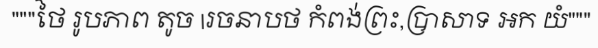
"""ថៃ រូបភាព តូច |រចនាបថ កំពង់ព្រះ,ប្រាសាទ អក យំ"""